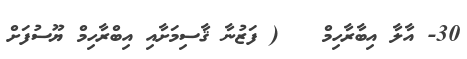
30- އާލާ އިބާރާހިމް   ( ފަޒުނާ ޤާސިމަށާއި އިބްރާހިމް ޔޫސުފަށް